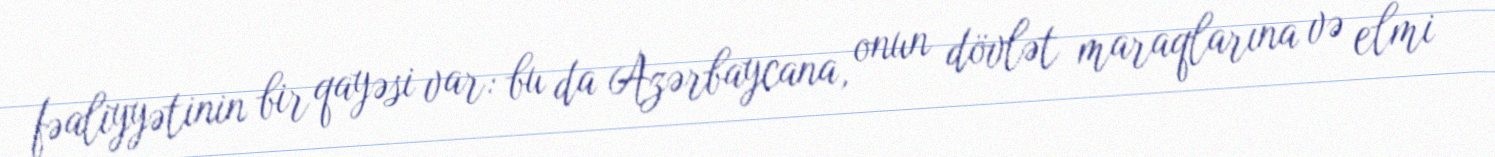
fəaliyyətinin bir qayəsi var: bu da Azərbaycana, onun dövlət maraqlarına və elmi